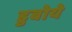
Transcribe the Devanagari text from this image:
डुबोये